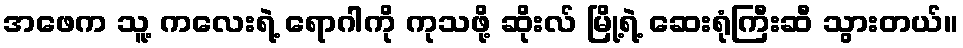
အဖေက သူ့ ကလေးရဲ့ ရောဂါကို ကုသဖို့ ဆိုးလ် မြို့ရဲ့ ဆေးရုံကြီးဆီ သွားတယ်။